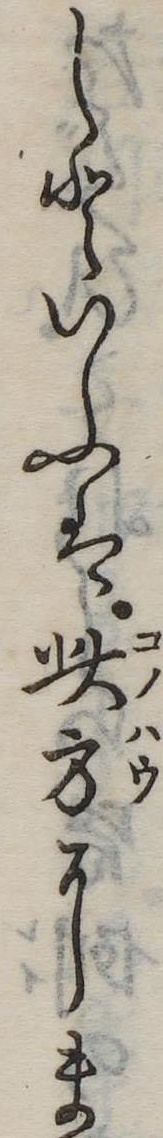
しといふは此方にま